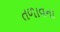
તળાવના